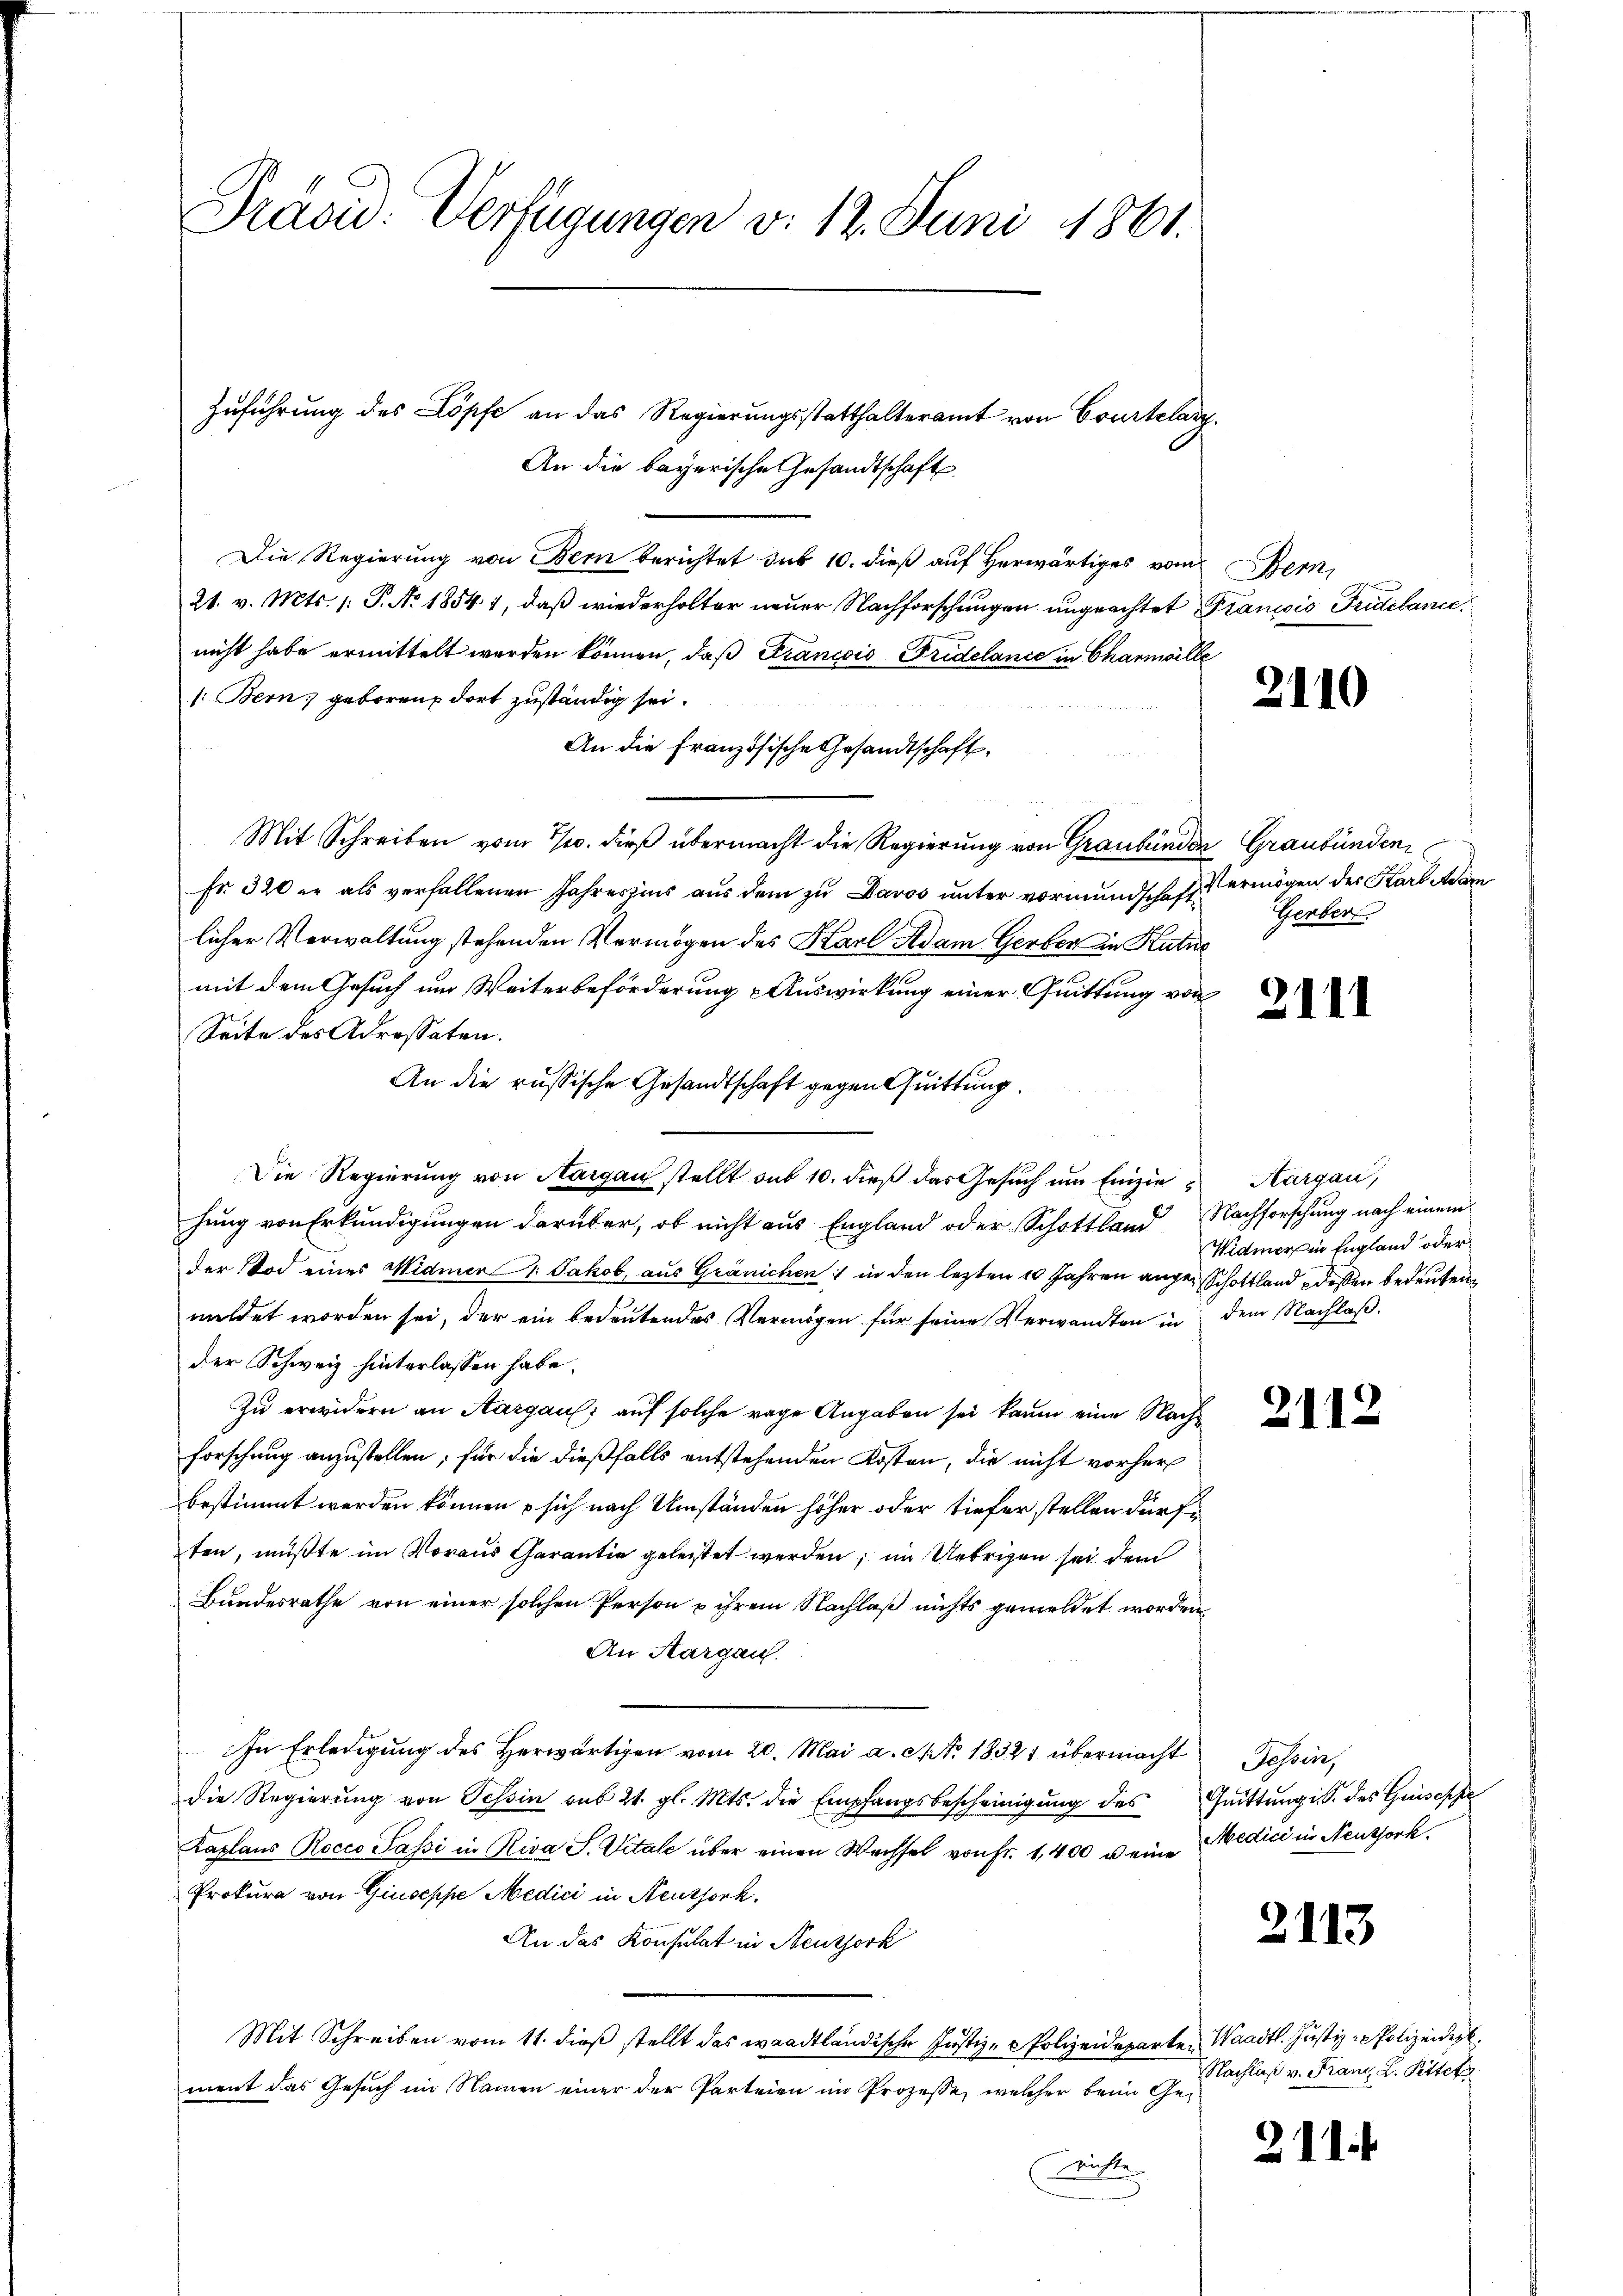
Präsid. Verfügungen v. 12. Juni 1861.

Zuführung des Löpfe an das Regierungsstatthalteramt von Courtelary
An die bayerische Gesandtschaft
Die Regierung von Bern berichtet sub 10. dieß auf herwärtiges vom Bern,
21. v. Mts. 1. P. Nr. 1854 1, daß wiederholter neuer Nachforschungen ungeachtet Francis Fridelance
nicht habe ermittelt werden können, daß Francois Fridelance in Chanmille
/: Bern; geboren dort zuständig sei.
An die französische Gesandtschaft.
Mit Schreiben vom 7/10. dieß übermacht die Regierung von Graubünden Graubünden
Fr. 320 er als verfallenen Jahreszins aŭs dem zŭ Davos ŭnter vormundschaft ermögen des Karl Adarn
licher Verwaltung stehenden Vermögen des Karl Adam Gerber in Kutn
mit dem Gesuch um Weiterbeförderung Auswirkung einer Quittung von
Seite des Adressaten.
An die russische Gesandtschaft gegen Quittung.
u
Die Regierung von Aargau stellt aus 10. dieß das Gesuch um Einzie Thurgau,
hung von Erkundigungen darüber, ob nicht aus England oder Schottland Nachforschung nach einem
der Tod eines Widmer & Jakob, aus Gränichen; in den lezten 10 Jahren angen Schottland dessen bedeuten
mildet worden sei, der ein bedeutendes Vermögen für seine Verwandten in dem Nachlaß
der Schweiz hinterlassen habe.
Zu erwidern an Aargau, auf solche rage Angaben sei kaum eine Nache
forschung anzustellen; für die dießfalls entstehenden Kosten, die nicht vorher
bestimmt werden können u sich nach Umständen höher oder tiefer stellen dürften, müßte im Voraus Garantie geleitet werden; im Uebrigen sei dem
Bundesrathe von einer solchen Person u ihrem Nachlaß nichts gemeldet worden
An Aargau.
In Erledigung des Herwärtigen vom 20. Mai a. Spt. 18321 übermacht Tessin,
die Regierung von Tessin sub 21. gl. Mts. die Empfangsbescheinigung des
Kaplans Rocco Passi in Riva S. Vitale über einen Wechsel von Fr. 1,400 u. eine Medici in Neuthork
Prokura von Giuseppe Medici in Neuthork.
An das Konsulat in Neuthork
Mit Schreiben vom 11. dieß stellt das waadtländische Justiz-PPolizeideparte Waadt. Justiz - Polizeidigt
ment das Gesuch im Namen einer der Parteien im Prozesse, welcher beim Ge¬
Leichte

2110

Gerber

2111

Widmers in England oder

Quittung in des Griesesse

2113

Nachlaß v. Franz, L. Pittet

211.